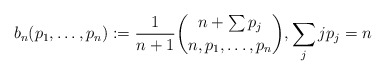
\begin{gather*}b_n(p_1,\ldots,p_n):={\frac{1}{n+1}} \binom{n+\sum p_j}{n,p_1, \ldots,p_n}, \sum_{j} j p_j =n\end{gather*}